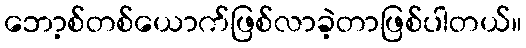
ဘော့စ်တစ်ယောက်ဖြစ်လာခဲ့တာဖြစ်ပါတယ်။